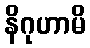
နိဂုဟာမိ